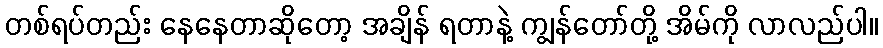
တစ်ရပ်တည်း နေနေတာဆိုတော့ အချိန် ရတာနဲ့ ကျွန်တော်တို့ အိမ်ကို လာလည်ပါ။